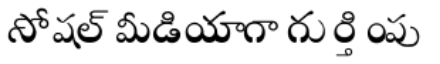
సోషల్ మీడియాగా గుర్తింపు